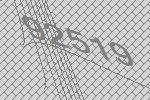
92519